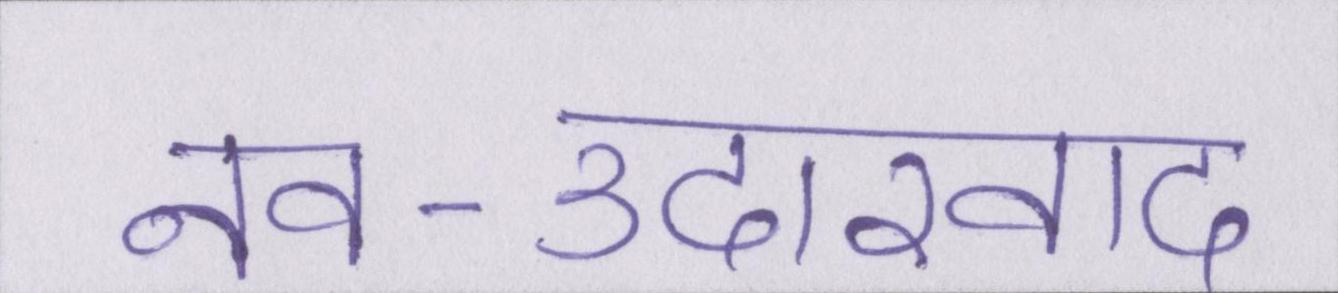
नव-उदारवाद